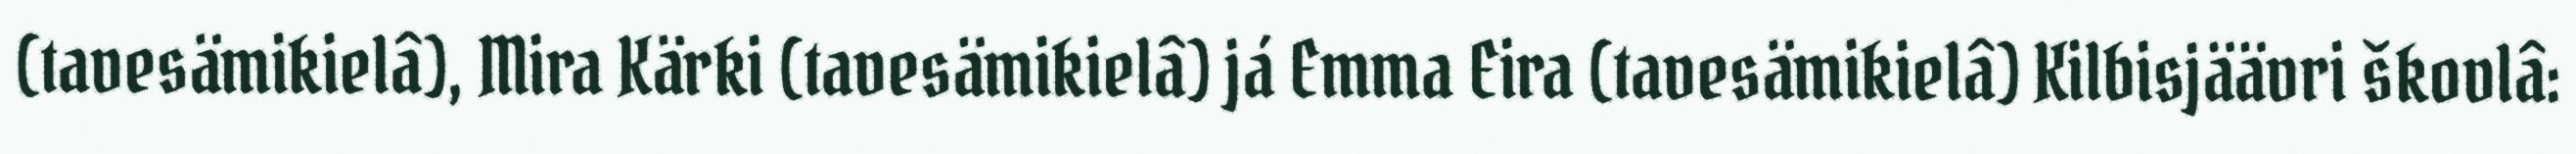
(tavesämikielâ), Mira Kärki (tavesämikielâ) já Emma Eira (tavesämikielâ) Kilbisjäävri škovlâ: